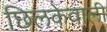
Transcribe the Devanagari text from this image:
छिलकेवाली